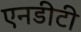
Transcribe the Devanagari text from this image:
एनडीटी